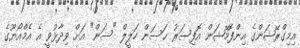
އިމިގްރޭޝަންގެ އިންފޮމޭޝަން އޮފިސަރު ޙަސަން ހަލީލް "ސަން" އަށް ވިދާޅުވީ އެ އެމްއޯޔޫގެ